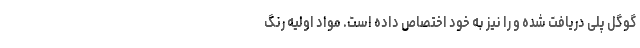
گوگل پلی دریافت شده و را نیز به خود اختصاص داده است. مواد اولیه رنگ